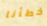
خطأنا